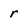
Character: r